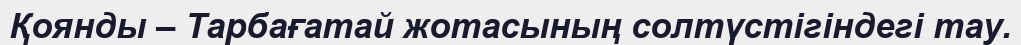
Қоянды – Тарбағатай жотасының солтүстігіндегі тау.